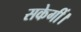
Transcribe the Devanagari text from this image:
सकेगीं।